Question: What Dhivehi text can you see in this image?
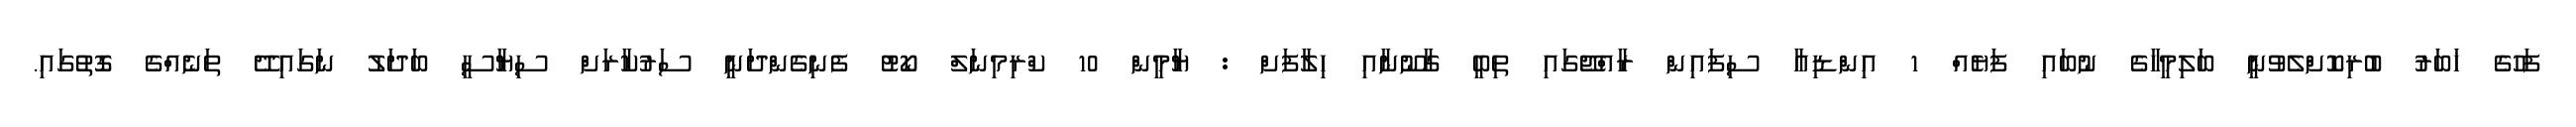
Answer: ފަހުގެ ޚަބަރު ބުރިކޮށްލެވުނީ ބަލިމީހާގެ ނުބައި ފަޔެއް 1 އިންޑިއާ ސިފައިން ރާއްޖޭގައި ތިބީ ގާނޫނާއި ހިލާފަށް : ޔާމީން 10 ކްރިމިނަލް ކޯޓު ފެނިގެންދަނީ ސަރުކާރަށް ސިޔާސީ ބަދަލު ނަގައިދޭ ތަނެއްގެ ގޮތުގައި.